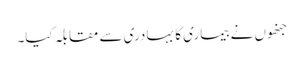
جنھوں نے بیماری کا بہادری سے مقابلہ کیا۔